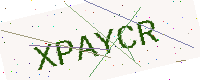
Text: XPAYCR